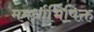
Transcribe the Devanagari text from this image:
ममूर्धाभिषिक्त